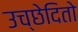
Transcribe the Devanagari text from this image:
उच्छेदितो